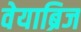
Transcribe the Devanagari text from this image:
वेयाब्रिज